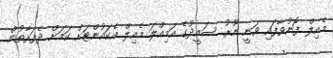
މެއިލް ފޮނުވާފައި ވަނީ ނޫރު ސައީދުގެ އަމިއްލަ މެއިލް އެކައުންޓަށް ކަމަށް ދެފަރާތުން